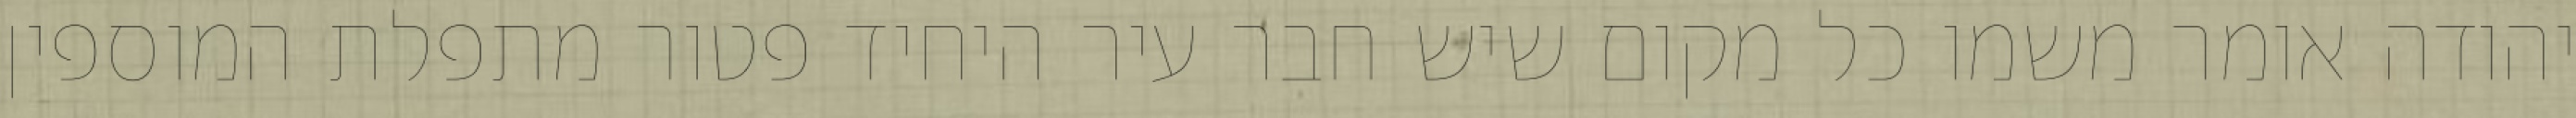
יהודה אומר משמו כל מקום שיש חבר עיר היחיד פטור מתפלת המוספין